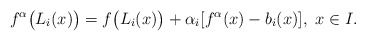
\begin{align*}f^\alpha\big(L_i(x)\big)=f\big(L_i(x) \big) +\alpha_i[f^\alpha(x)-b_i(x)],~ x \in I.\end{align*}